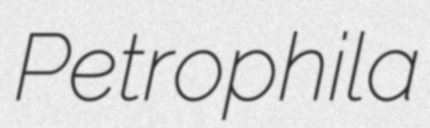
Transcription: Petrophila